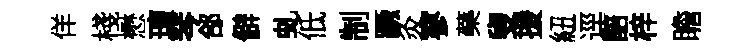
佯棧懋璮琴郃僻虬低制蹶灸寥藥叟援紐逕醅梓瞻